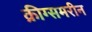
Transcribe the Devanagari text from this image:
क्रीग्समरीन